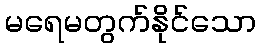
မရေမတွက်နိုင်သော